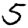
Digit: 5